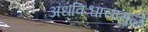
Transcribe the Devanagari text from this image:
अंधविश्वासामुळे